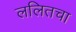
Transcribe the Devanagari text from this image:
ललितचा